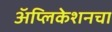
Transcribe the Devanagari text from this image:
अॅप्लिकेशनचा